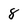
Character: 8